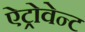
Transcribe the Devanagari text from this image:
ऐट्रोवेन्ट